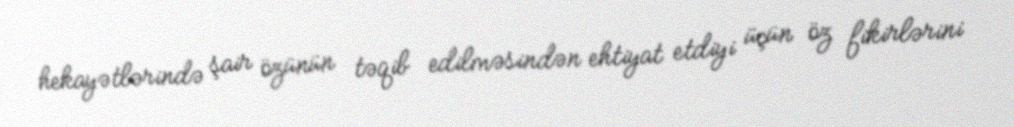
hekayətlərində şair özünün təqib edilməsindən ehtiyat etdiyi üçün öz fikirlərini